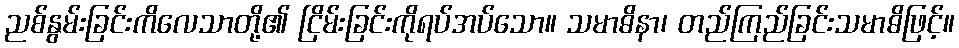
ညစ်နွမ်းခြင်းကိလေသာတို့၏ ငြိမ်းခြင်းကိုရပ်အပ်သော။ သမာဓိနာ၊ တည်ကြည်ခြင်းသမာဓိဖြင့်။